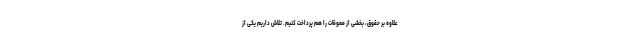
علاوه بر حقوق، بخشی از معوقات را هم پرداخت کنیم. تلاش داریم یکی از